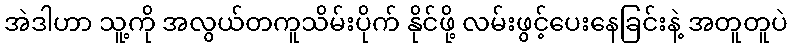
အဲဒါဟာ သူ့ကို အလွယ်တကူသိမ်းပိုက် နိုင်ဖို့ လမ်းဖွင့်ပေးနေခြင်းနဲ့ အတူတူပဲ